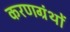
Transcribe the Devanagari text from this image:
करणग्रंथों